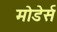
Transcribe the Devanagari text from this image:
मोडेर्स